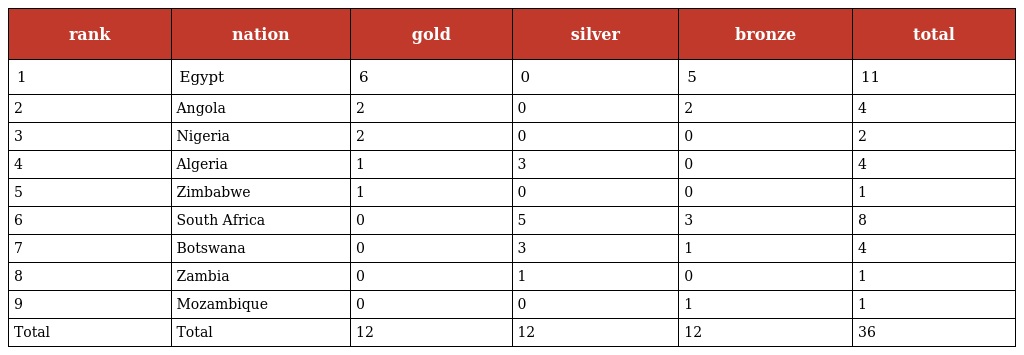
| rank | nation | gold | silver | bronze | total |
 | --- | --- | --- | --- | --- | --- |
 | 1 | Egypt | 6 | 0 | 5 | 11 |
 | 2 | Angola | 2 | 0 | 2 | 4 |
 | 3 | Nigeria | 2 | 0 | 0 | 2 |
 | 4 | Algeria | 1 | 3 | 0 | 4 |
 | 5 | Zimbabwe | 1 | 0 | 0 | 1 |
 | 6 | South Africa | 0 | 5 | 3 | 8 |
 | 7 | Botswana | 0 | 3 | 1 | 4 |
 | 8 | Zambia | 0 | 1 | 0 | 1 |
 | 9 | Mozambique | 0 | 0 | 1 | 1 |
 | Total | Total | 12 | 12 | 12 | 36 |